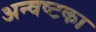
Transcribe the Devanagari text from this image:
अन्वष्टका